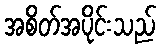
အစိတ်အပိုင်းသည်